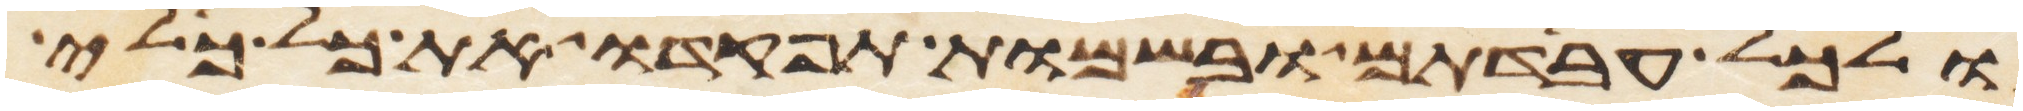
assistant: ולכל עבדתם ובשמות תפקדו את כל כלי